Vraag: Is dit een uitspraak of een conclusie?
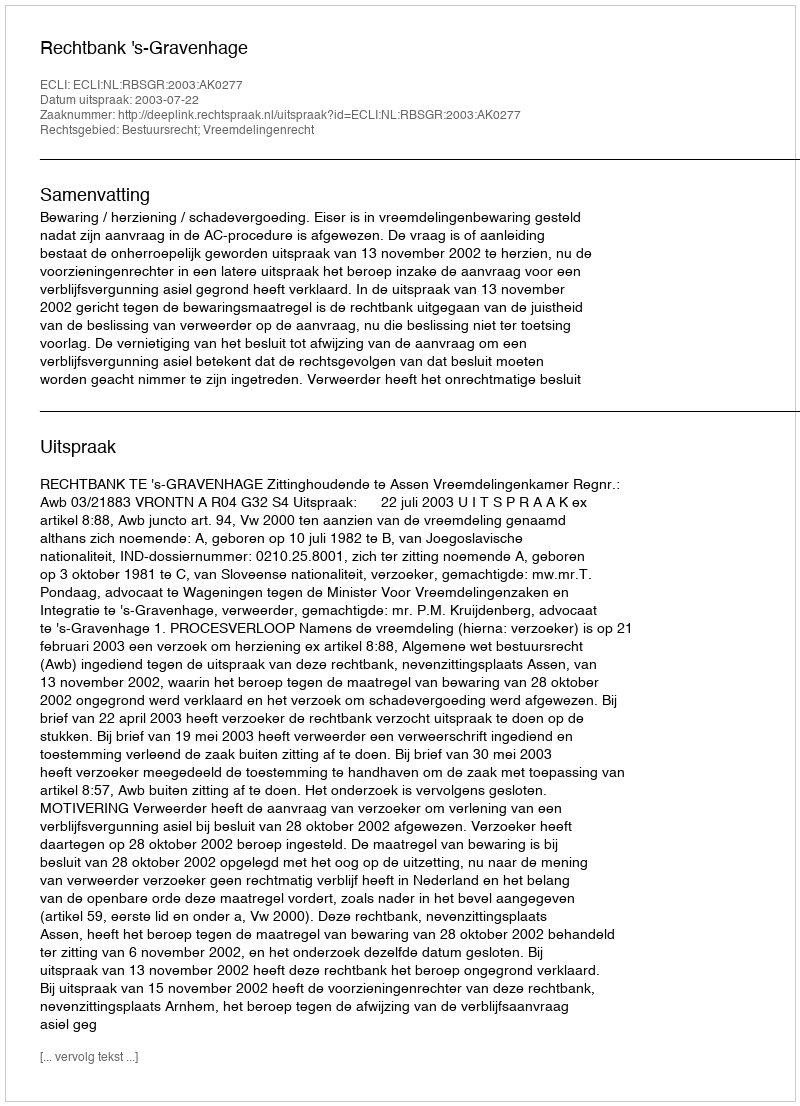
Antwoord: Uitspraak